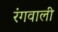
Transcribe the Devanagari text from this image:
रंगवाली